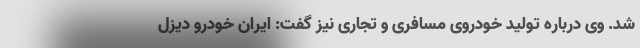
شد. وی درباره تولید خودروی مسافری و تجاری نیز گفت: ایران خودرو دیزل